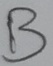
Text: B